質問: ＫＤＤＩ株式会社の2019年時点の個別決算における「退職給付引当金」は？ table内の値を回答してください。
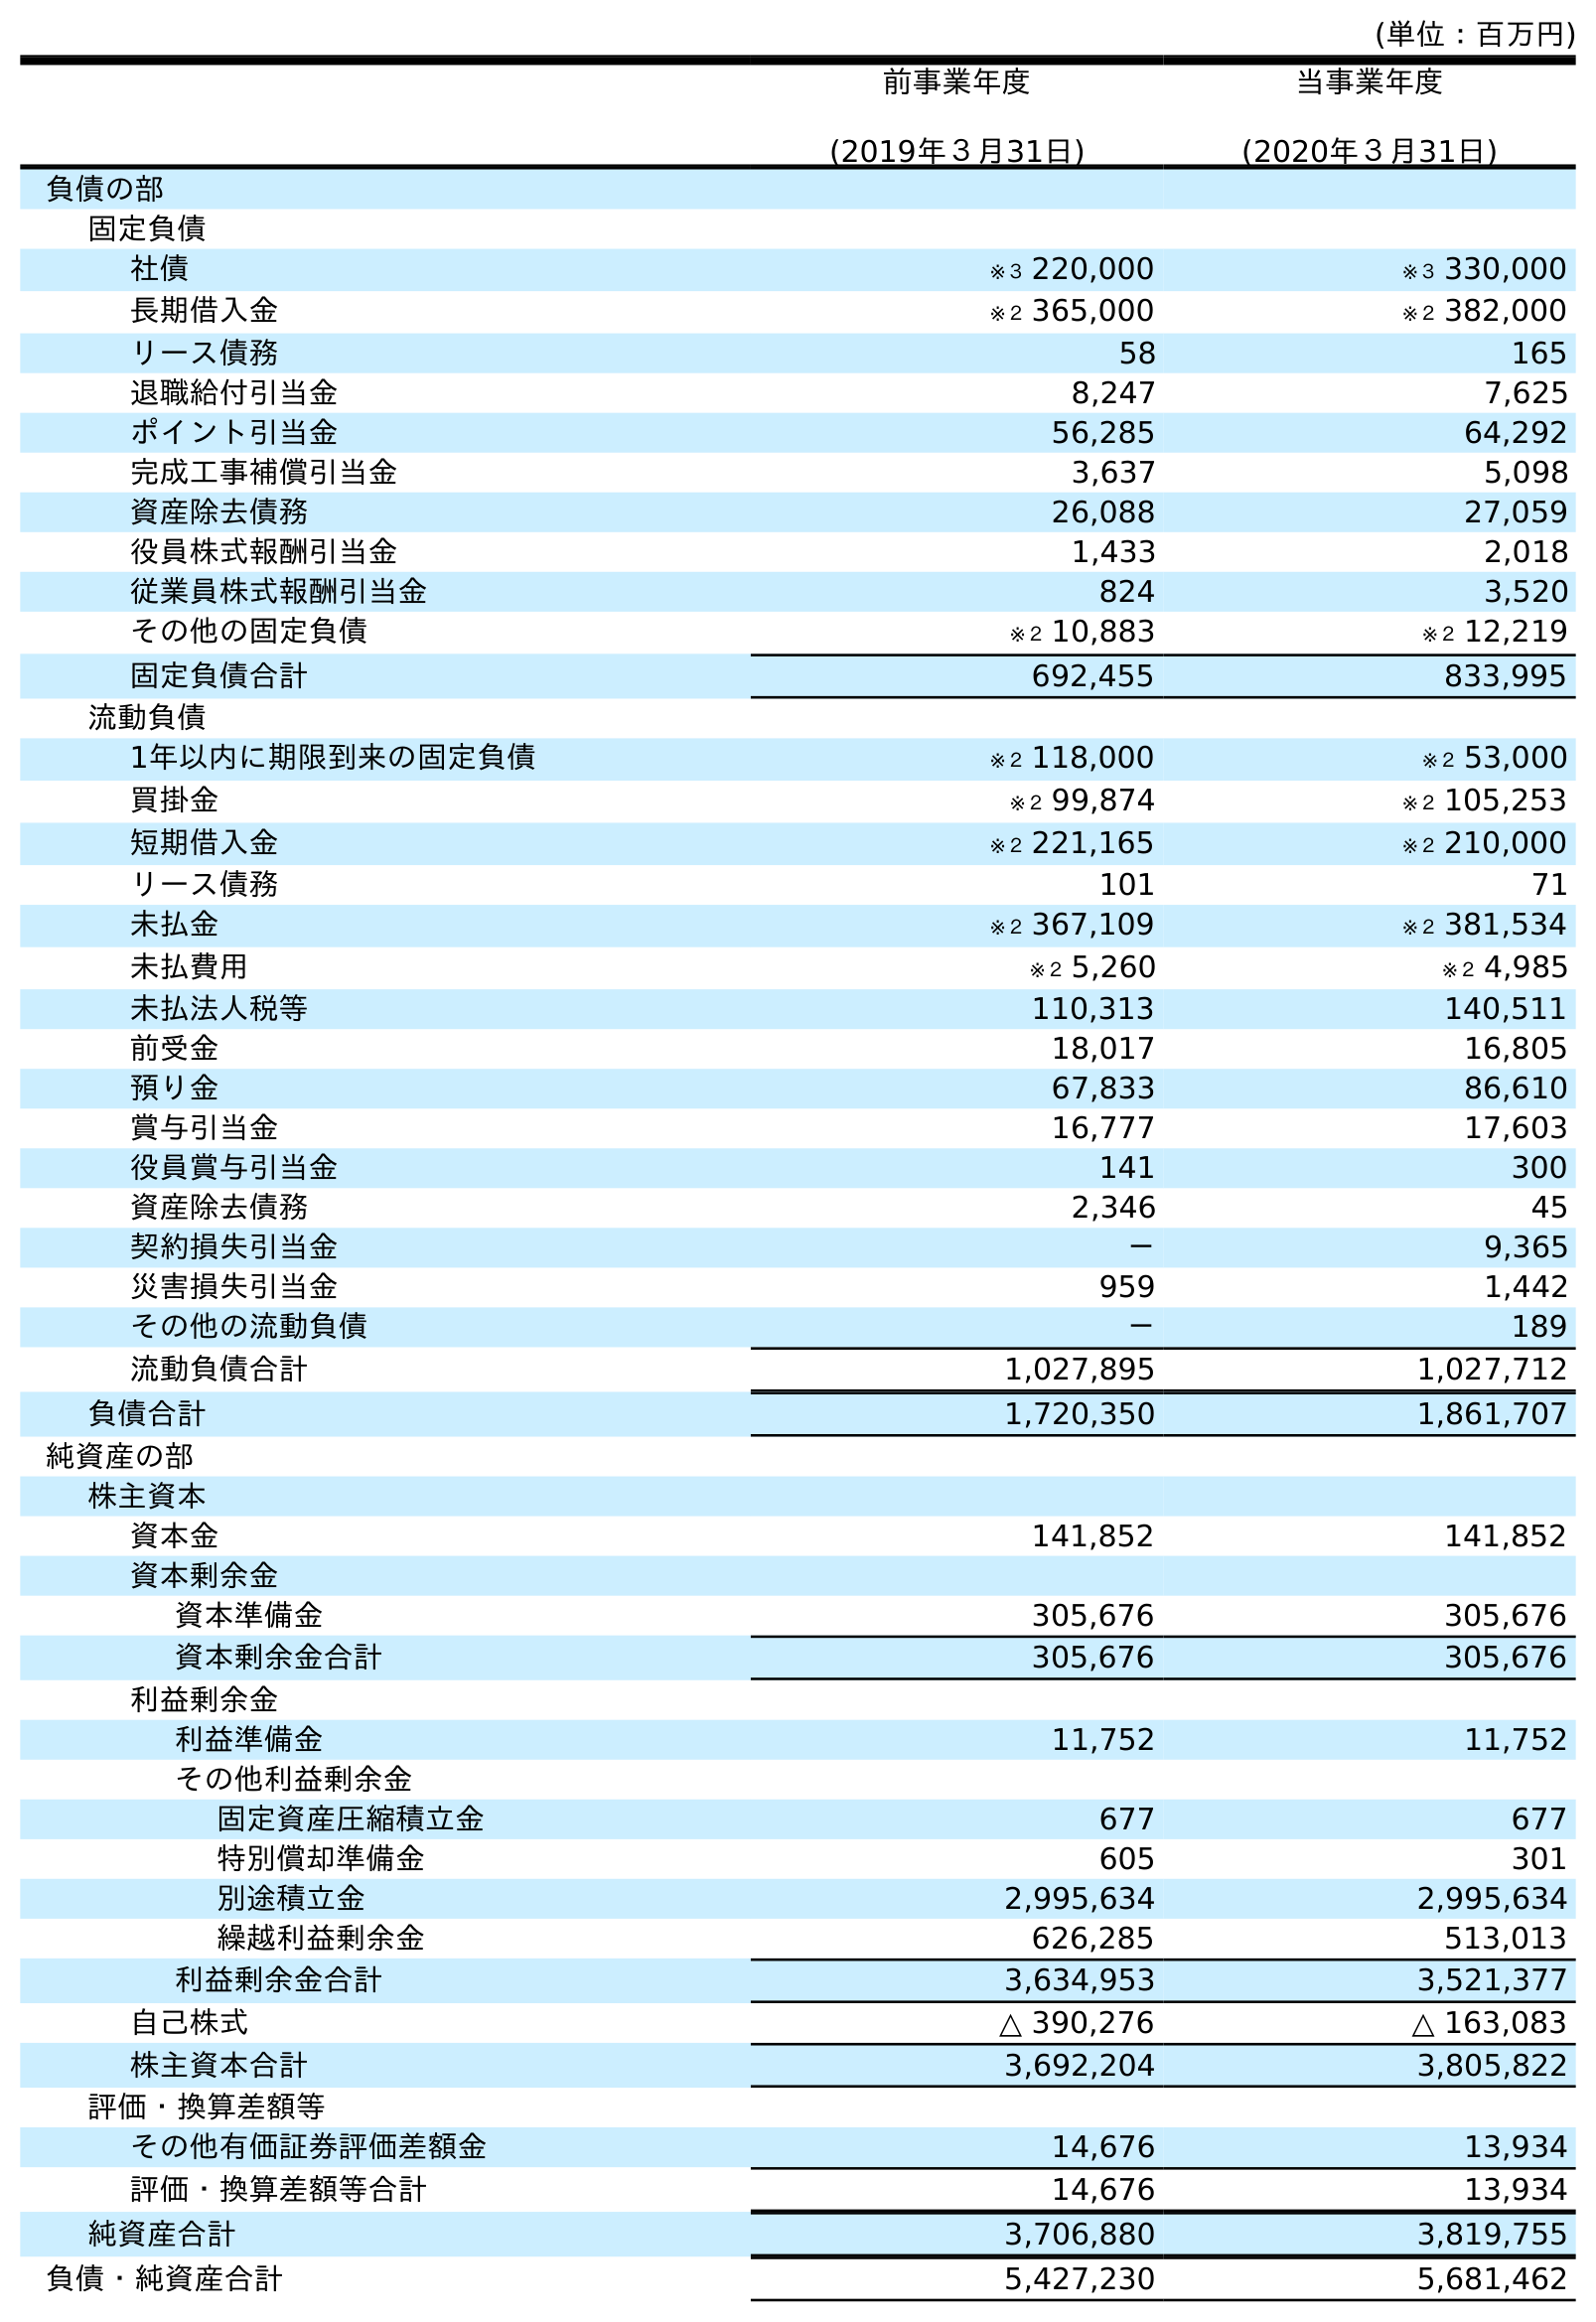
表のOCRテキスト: (単位：百万円) 前事業年度 (2019年３月31日) 当事業年度 (2020年３月31日) 負債の部 固定負債 社債 ※３ 220,000 ※３ 330,000 長期借入金 ※２ 365,000 ※２ 382,000 リース債務 58 165 退職給付引当金 8,247 7,625 ポイント引当金 56,285 64,292 完成工事補償引当金 3,637 5,098 資産除去債務 26,088 27,059 役員株式報酬引当金 1,433 2,018 従業員株式報酬引当金 824 3,520 その他の固定負債 ※２ 10,883 ※２ 12,219 固定負債合計 692,455 833,995 流動負債 1年以内に期限到来の固定負債 ※２ 118,000 ※２ 53,000 買掛金 ※２ 99,874 ※２ 105,253 短期借入金 ※２ 221,165 ※２ 210,000 リース債務 101 71 未払金 ※２ 367,109 ※２ 381,534 未払費用 ※２ 5,260 ※２ 4,985 未払法人税等 110,313 140,511 前受金 18,017 16,805 預り金 67,833 86,610 賞与引当金 16,777 17,603 役員賞与引当金 141 300 資産除去債務 2,346 45 契約損失引当金 － 9,365 災害損失引当金 959 1,442 その他の流動負債 － 189 流動負債合計 1,027,895 1,027,712 負債合計 1,720,350 1,861,707 純資産の部 株主資本 資本金 141,852 141,852 資本剰余金 資本準備金 305,676 305,676 資本剰余金合計 305,676 305,676 利益剰余金 利益準備金 11,752 11,752 その他利益剰余金 固定資産圧縮積立金 677 677 特別償却準備金 605 301 別途積立金 2,995,634 2,995,634 繰越利益剰余金 626,285 513,013 利益剰余金合計 3,634,953 3,521,377 自己株式 △ 390,276 △ 163,083 株主資本合計 3,692,204 3,805,822 評価・換算差額等 その他有価証券評価差額金 14,676 13,934 評価・換算差額等合計 14,676 13,934 純資産合計 3,706,880 3,819,755 負債・純資産合計 5,427,230 5,681,462
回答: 8,247